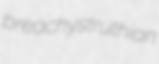
breachy struthian